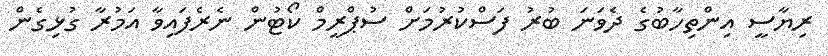
ރިޔާސީ އިންތިހާބުގެ ދެވަނަ ބުރު ފަސްކުރުމަށް ސުޕްރީމް ކޯޓުން ނެރެފައިވާ އަމުރާ ގުޅިގެން